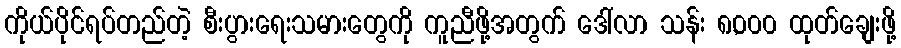
ကိုယ်ပိုင်ရပ်တည်တဲ့ စီးပွားရေးသမားတွေကို ကူညီဖို့အတွက် ဒေါ်လာ သန်း ၈,၀၀၀ ထုတ်ချေးဖို့